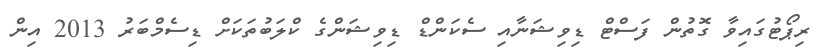
ރިޕޯޓުގައިވާ ގޮތުން ފަސްޓް ޑިވިޝަނާއި ސެކަންޑް ޑިވިޝަންގެ ކްލަބުތަކަށް ޑިސެމްބަރު 2013 އިން